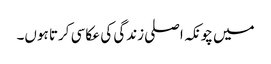
میں چونکہ اصلی زندگی کی عکاسی کرتا ہوں۔